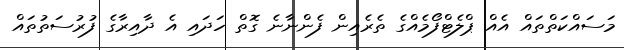
މަސައްކަތްތައް އެއް ޕްލެޓްފޯމެއްގެ ތެރެއިން ފެންނާނެ ގޮތް ހަދައި އެ ދާއިރާގެ ފުރުސަތުތައް